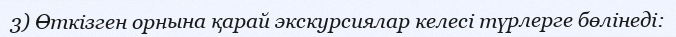
3) Өткізген орнына қарай экскурсиялар келесі түрлерге бөлінеді: